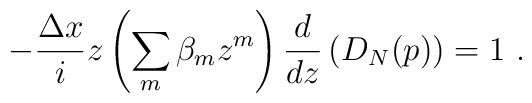
-{\Delta x\over i} z \left( \sum_m\beta_m z^m\right){d\over dz} \left(D_N(p)\right) = 1\ .